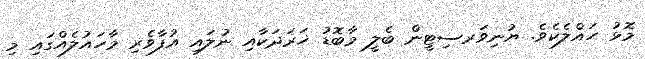
މޮޅު ހައްލެކެވެ. ޔުނިވަރސިޓީން ބެލީ މާބޮޑު ޚަރަދަކާއި ނުލައި އުފާވެރި މާހައުލެއްގައި މި